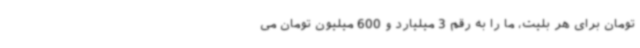
تومان برای هر بلیت، ما را به رقم 3 میلیارد و 600 میلیون تومان می‌